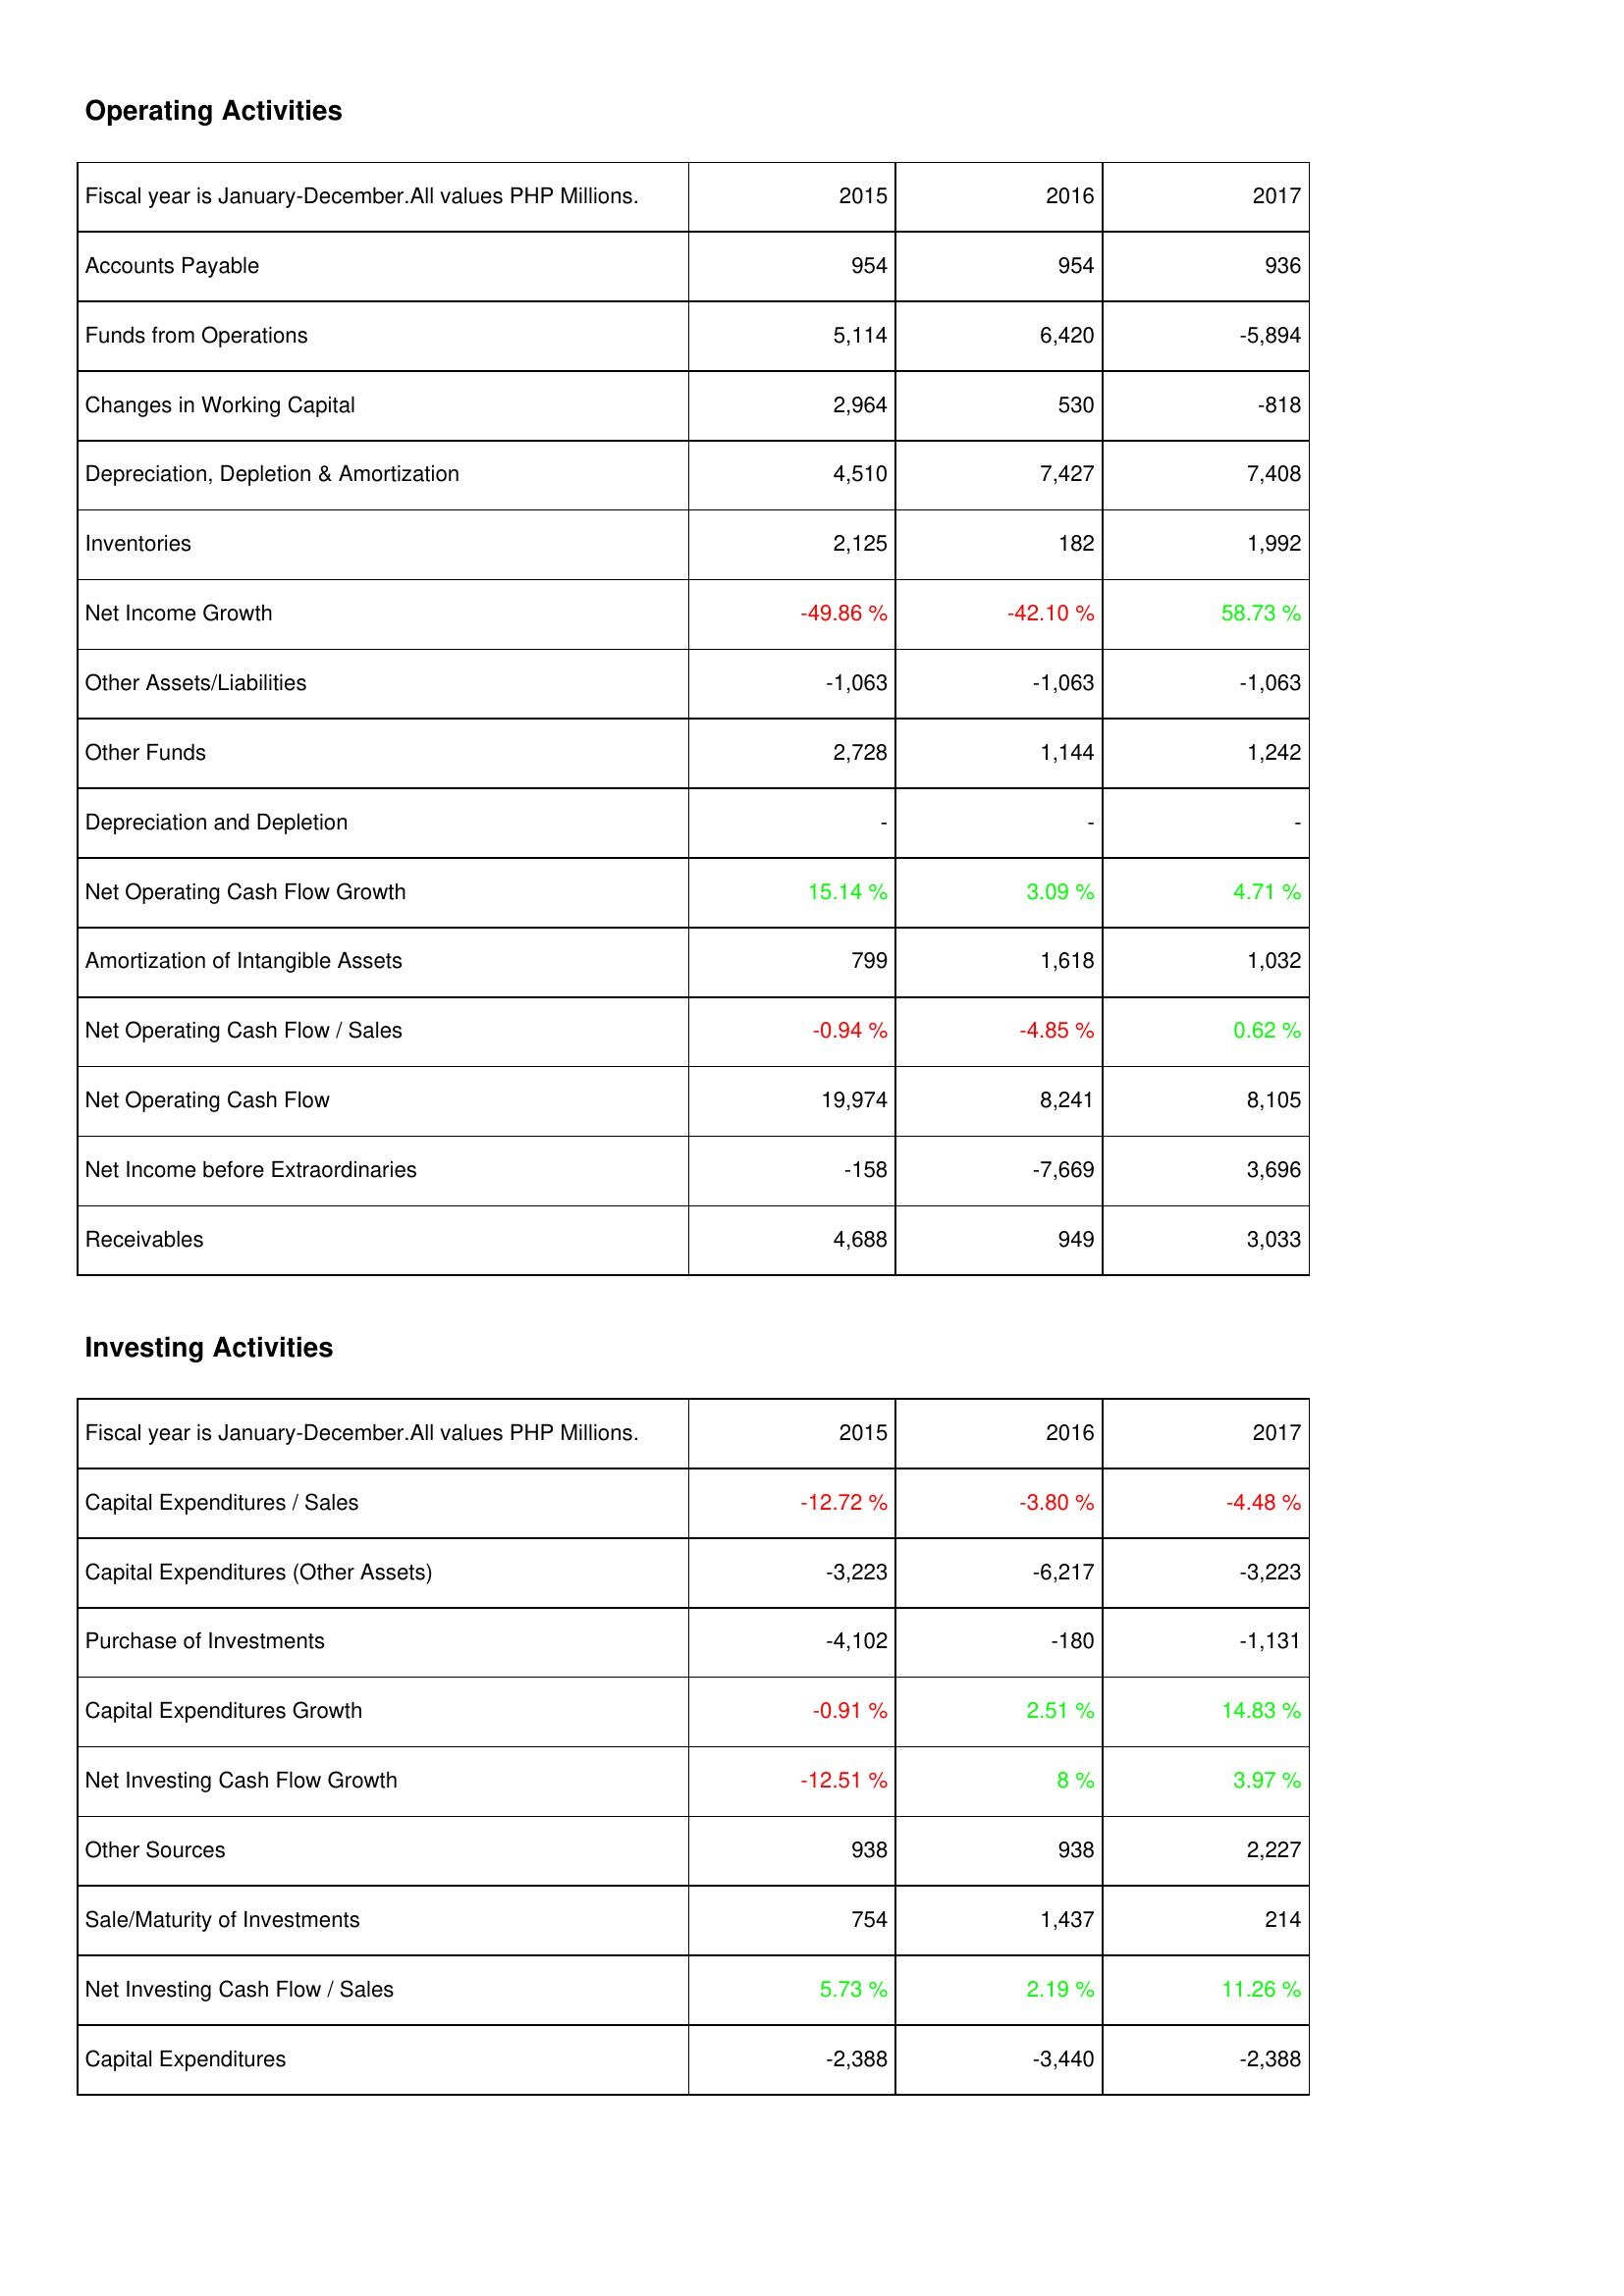
2015: Operating Activities: Accounts Payable: 954
Funds from Operations: 5,114
Changes in Working Capital: 2,964
Depreciation, Depletion & Amortization: 4,510
Inventories: 2,125
Net Income Growth: -49.86 %
Other Assets/Liabilities: -1,063
Other Funds: 2,728
Depreciation and Depletion: -
Net Operating Cash Flow Growth: 15.14 %
Amortization of Intangible Assets: 799
Net Operating Cash Flow / Sales: -0.94 %
Net Operating Cash Flow: 19,974
Net Income before Extraordinaries: -158
Receivables: 4,688
Investing Activities: Capital Expenditures / Sales: -12.72 %
Capital Expenditures (Other Assets): -3,223
Purchase of Investments: -4,102
Capital Expenditures Growth: -0.91 %
Net Investing Cash Flow Growth: -12.51 %
Other Sources: 938
Sale/Maturity of Investments: 754
Net Investing Cash Flow / Sales: 5.73 %
Capital Expenditures: -2,388
2016: Operating Activities: Accounts Payable: 954
Funds from Operations: 6,420
Changes in Working Capital: 530
Depreciation, Depletion & Amortization: 7,427
Inventories: 182
Net Income Growth: -42.10 %
Other Assets/Liabilities: -1,063
Other Funds: 1,144
Depreciation and Depletion: -
Net Operating Cash Flow Growth: 3.09 %
Amortization of Intangible Assets: 1,618
Net Operating Cash Flow / Sales: -4.85 %
Net Operating Cash Flow: 8,241
Net Income before Extraordinaries: -7,669
Receivables: 949
Investing Activities: Capital Expenditures / Sales: -3.80 %
Capital Expenditures (Other Assets): -6,217
Purchase of Investments: -180
Capital Expenditures Growth: 2.51 %
Net Investing Cash Flow Growth: 8 %
Other Sources: 938
Sale/Maturity of Investments: 1,437
Net Investing Cash Flow / Sales: 2.19 %
Capital Expenditures: -3,440
2017: Operating Activities: Accounts Payable: 936
Funds from Operations: -5,894
Changes in Working Capital: -818
Depreciation, Depletion & Amortization: 7,408
Inventories: 1,992
Net Income Growth: 58.73 %
Other Assets/Liabilities: -1,063
Other Funds: 1,242
Depreciation and Depletion: -
Net Operating Cash Flow Growth: 4.71 %
Amortization of Intangible Assets: 1,032
Net Operating Cash Flow / Sales: 0.62 %
Net Operating Cash Flow: 8,105
Net Income before Extraordinaries: 3,696
Receivables: 3,033
Investing Activities: Capital Expenditures / Sales: -4.48 %
Capital Expenditures (Other Assets): -3,223
Purchase of Investments: -1,131
Capital Expenditures Growth: 14.83 %
Net Investing Cash Flow Growth: 3.97 %
Other Sources: 2,227
Sale/Maturity of Investments: 214
Net Investing Cash Flow / Sales: 11.26 %
Capital Expenditures: -2,388